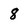
Character: 8